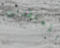
المعتقدات